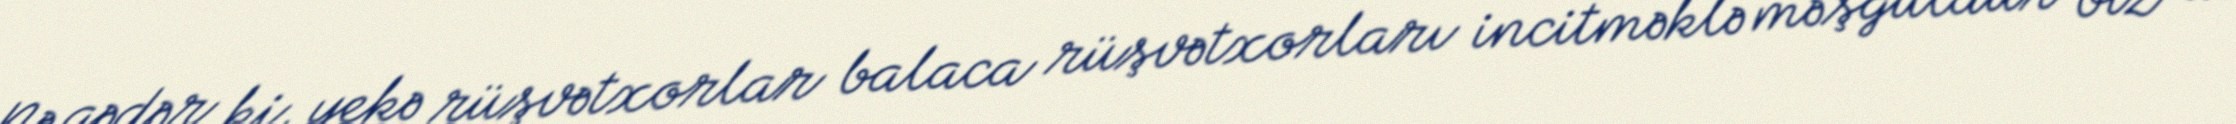
Nə qədər ki, yekə rüşvətxorlar balaca rüşvətxorları incitməklə məşğuldur biz də